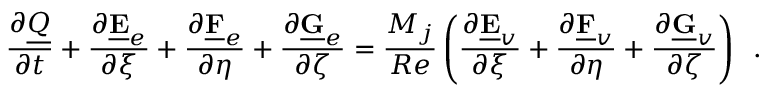
\frac { \partial \underline { { Q } } } { \partial t } + \frac { \partial \underline { { \mathbf { E } } } _ { e } } { \partial \xi } + \frac { \partial \underline { { \mathbf { F } } } _ { e } } { \partial \eta } + \frac { \partial \underline { { \mathbf { G } } } _ { e } } { \partial \zeta } = \frac { M _ { j } } { R e } \left( \frac { \partial \underline { { \mathbf { E } } } _ { v } } { \partial \xi } + \frac { \partial \underline { { \mathbf { F } } } _ { v } } { \partial \eta } + \frac { \partial \underline { { \mathbf { G } } } _ { v } } { \partial \zeta } \right) \, \mathrm { ~ . }